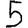
Digit: 5